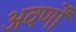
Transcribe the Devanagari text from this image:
अवर्णों